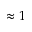
\approx 1